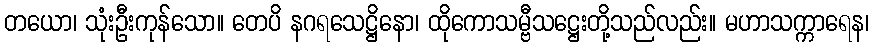
တယော၊ သုံးဦးကုန်သော။ တေပိ နဂရသေဋ္ဌိနော၊ ထိုကောသမ္ဗီသဋ္ဌေးတို့သည်လည်း။ မဟာသက္ကာရေန၊